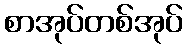
စာအုပ်တစ်အုပ်